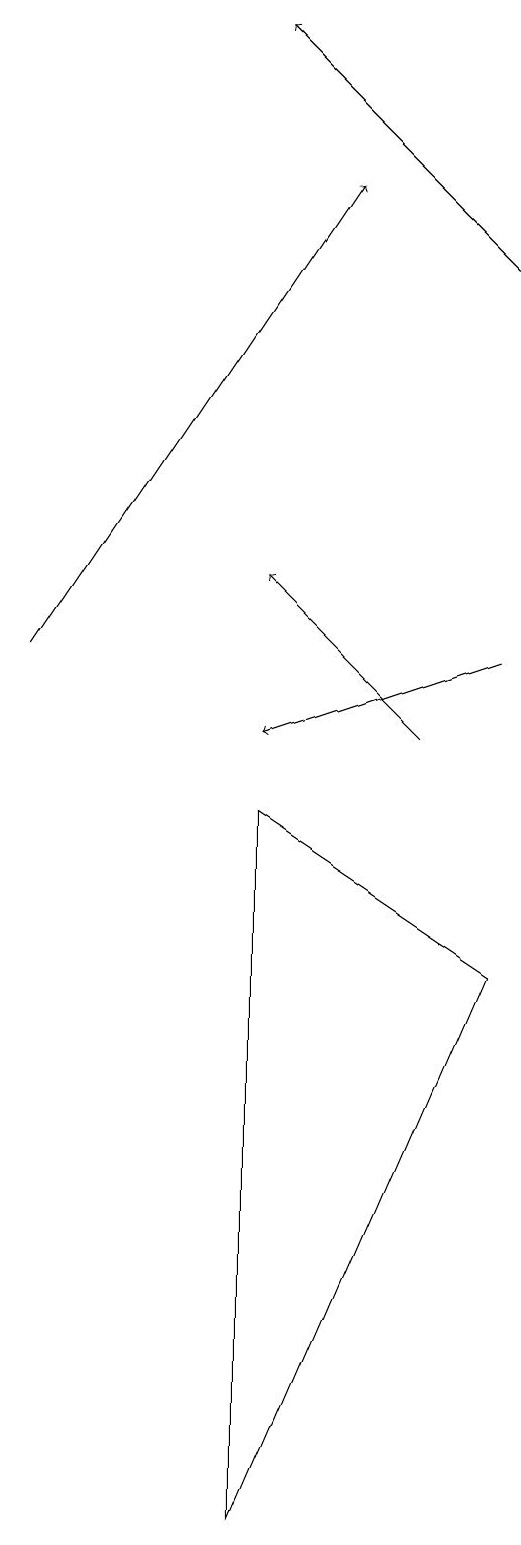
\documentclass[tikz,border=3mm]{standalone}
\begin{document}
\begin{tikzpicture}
\draw[->] (3,11) -- (7,17);
\draw[->] (8,10) -- (6,12);
\draw[->] (9,16) -- (6,19);
\draw (9,7) -- (6,9) -- (6,0) -- cycle;
\draw[->] (9,11) -- (6,10);
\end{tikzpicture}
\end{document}